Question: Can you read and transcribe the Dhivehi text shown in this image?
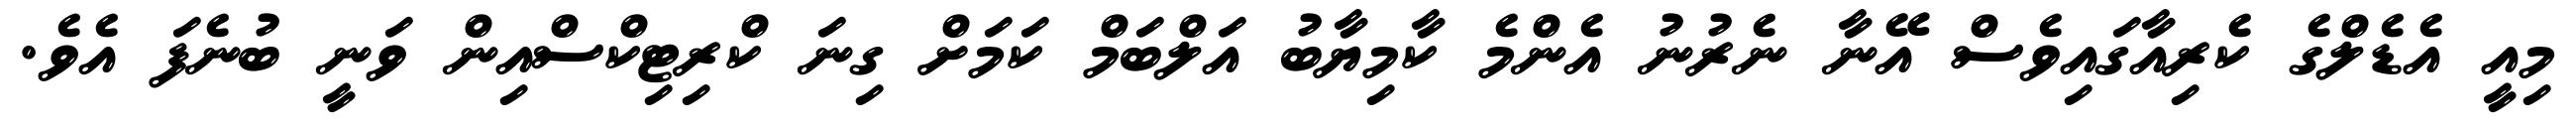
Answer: މިއީ އެޑެލްގެ ކެރިއާގައިވެސް އޭނާ ނެރުނު އެންމެ ކާމިޔާބު އަލްބަމް ކަމަށް ގިނަ ކްރިޓިކްސްއިން ވަނީ ބުނެފަ އެވެ.